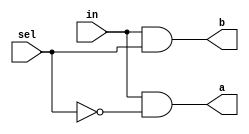

/**
 * Dmultiplexor.  
 * {a,b} = {in,0} if sel == 0
 *         {0,in} if sel == 1
 *
 * Adapted from "The Elements of Computer Systems" 
 * by Nisan and Schocken, MIT Press.
 *
 */

module dmux(
  output a, b,
  input in, sel);
  
  not
    not0(nots, sel);
    
  and
    and0(a, in, nots),
    and1(b, in, sel);
endmodule